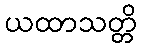
ယထာသတ္တိ